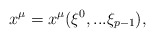
\begin{align*}x^{\mu} = x^{\mu} ( \xi^{0}, ... \xi_{p-1} ),\end{align*}